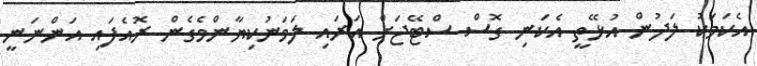
އެކަމަކު ލަދުން އުޅޭތީ އެކަނި ގޮސް ސްޓޭޖަށް އަރައި ލަވަނުކިޔާންވެގެން ރޮއެފައި އަންނަނީ